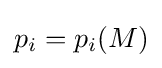
p_{i}=p_{i}(M)